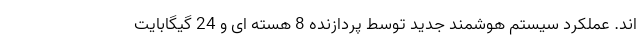
اند. عملکرد سیستم هوشمند جدید توسط پردازنده 8 هسته ای و 24 گیگابایت